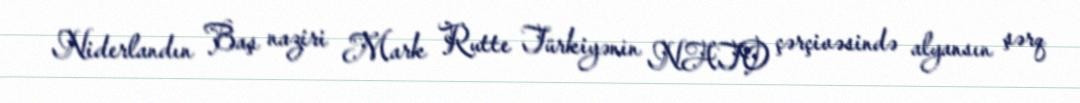
Niderlandın Baş naziri Mark Rutte Türkiyənin NATO çərçivəsində alyansın şərq